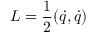
L = \frac { 1 } { 2 } ( \dot { q } , \dot { q } )